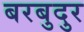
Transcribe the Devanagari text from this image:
बरबुदुर